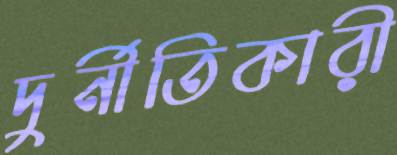
দুর্নীতিকারী